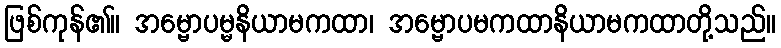
ဖြစ်ကုန်၏။ အမ္ဗောပမ္မနိယာမကထာ၊ အမ္ဗောပမကထာနိယာမကထာတို့သည်။